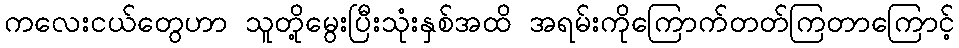
ကလေးငယ်တွေဟာ သူတို့မွေးပြီးသုံးနှစ်အထိ အရမ်းကိုကြောက်တတ်ကြတာကြောင့်